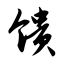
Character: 馈